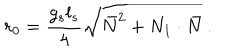
r _ { 0 } = \frac { g _ { s } l _ { s } } { 4 } \sqrt { \bar { N } ^ { 2 } + N _ { 1 } \cdot \bar { N } } ~ .